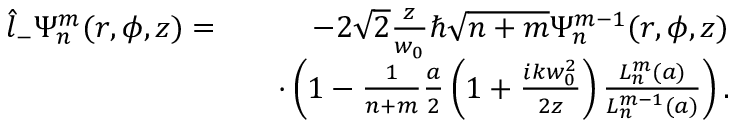
\begin{array} { r l r } { \hat { l } _ { - } \Psi _ { n } ^ { m } ( r , \phi , z ) = } & { } & { - 2 \sqrt { 2 } \frac { z } { w _ { 0 } } \hbar \sqrt { n + m } \Psi _ { n } ^ { m - 1 } ( r , \phi , z ) } \\ & { } & { \cdot \left( 1 - \frac { 1 } { n + m } \frac { a } { 2 } \left( 1 + \frac { i k w _ { 0 } ^ { 2 } } { 2 z } \right) \frac { L _ { n } ^ { m } ( a ) } { L _ { n } ^ { m - 1 } ( a ) } \right) . } \end{array}